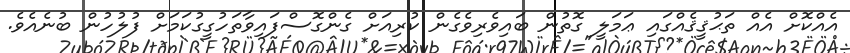
އެއްކޮށް އެއް ތަޙުޤީޤެއްގައި ޢަމަލީ ގޮތުން ބައިވެރިވެގެން ކުރިއަށް ގެންގޮސްފައިވާތަހުގީގުކަމަށް ފުލުހުން ބުނެއެވެ.